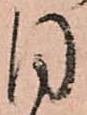
同